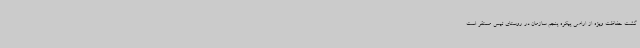
گشت حفاظت ویژه از اراضی پیکره پنجم سازمان در روستای تیس مستقر است